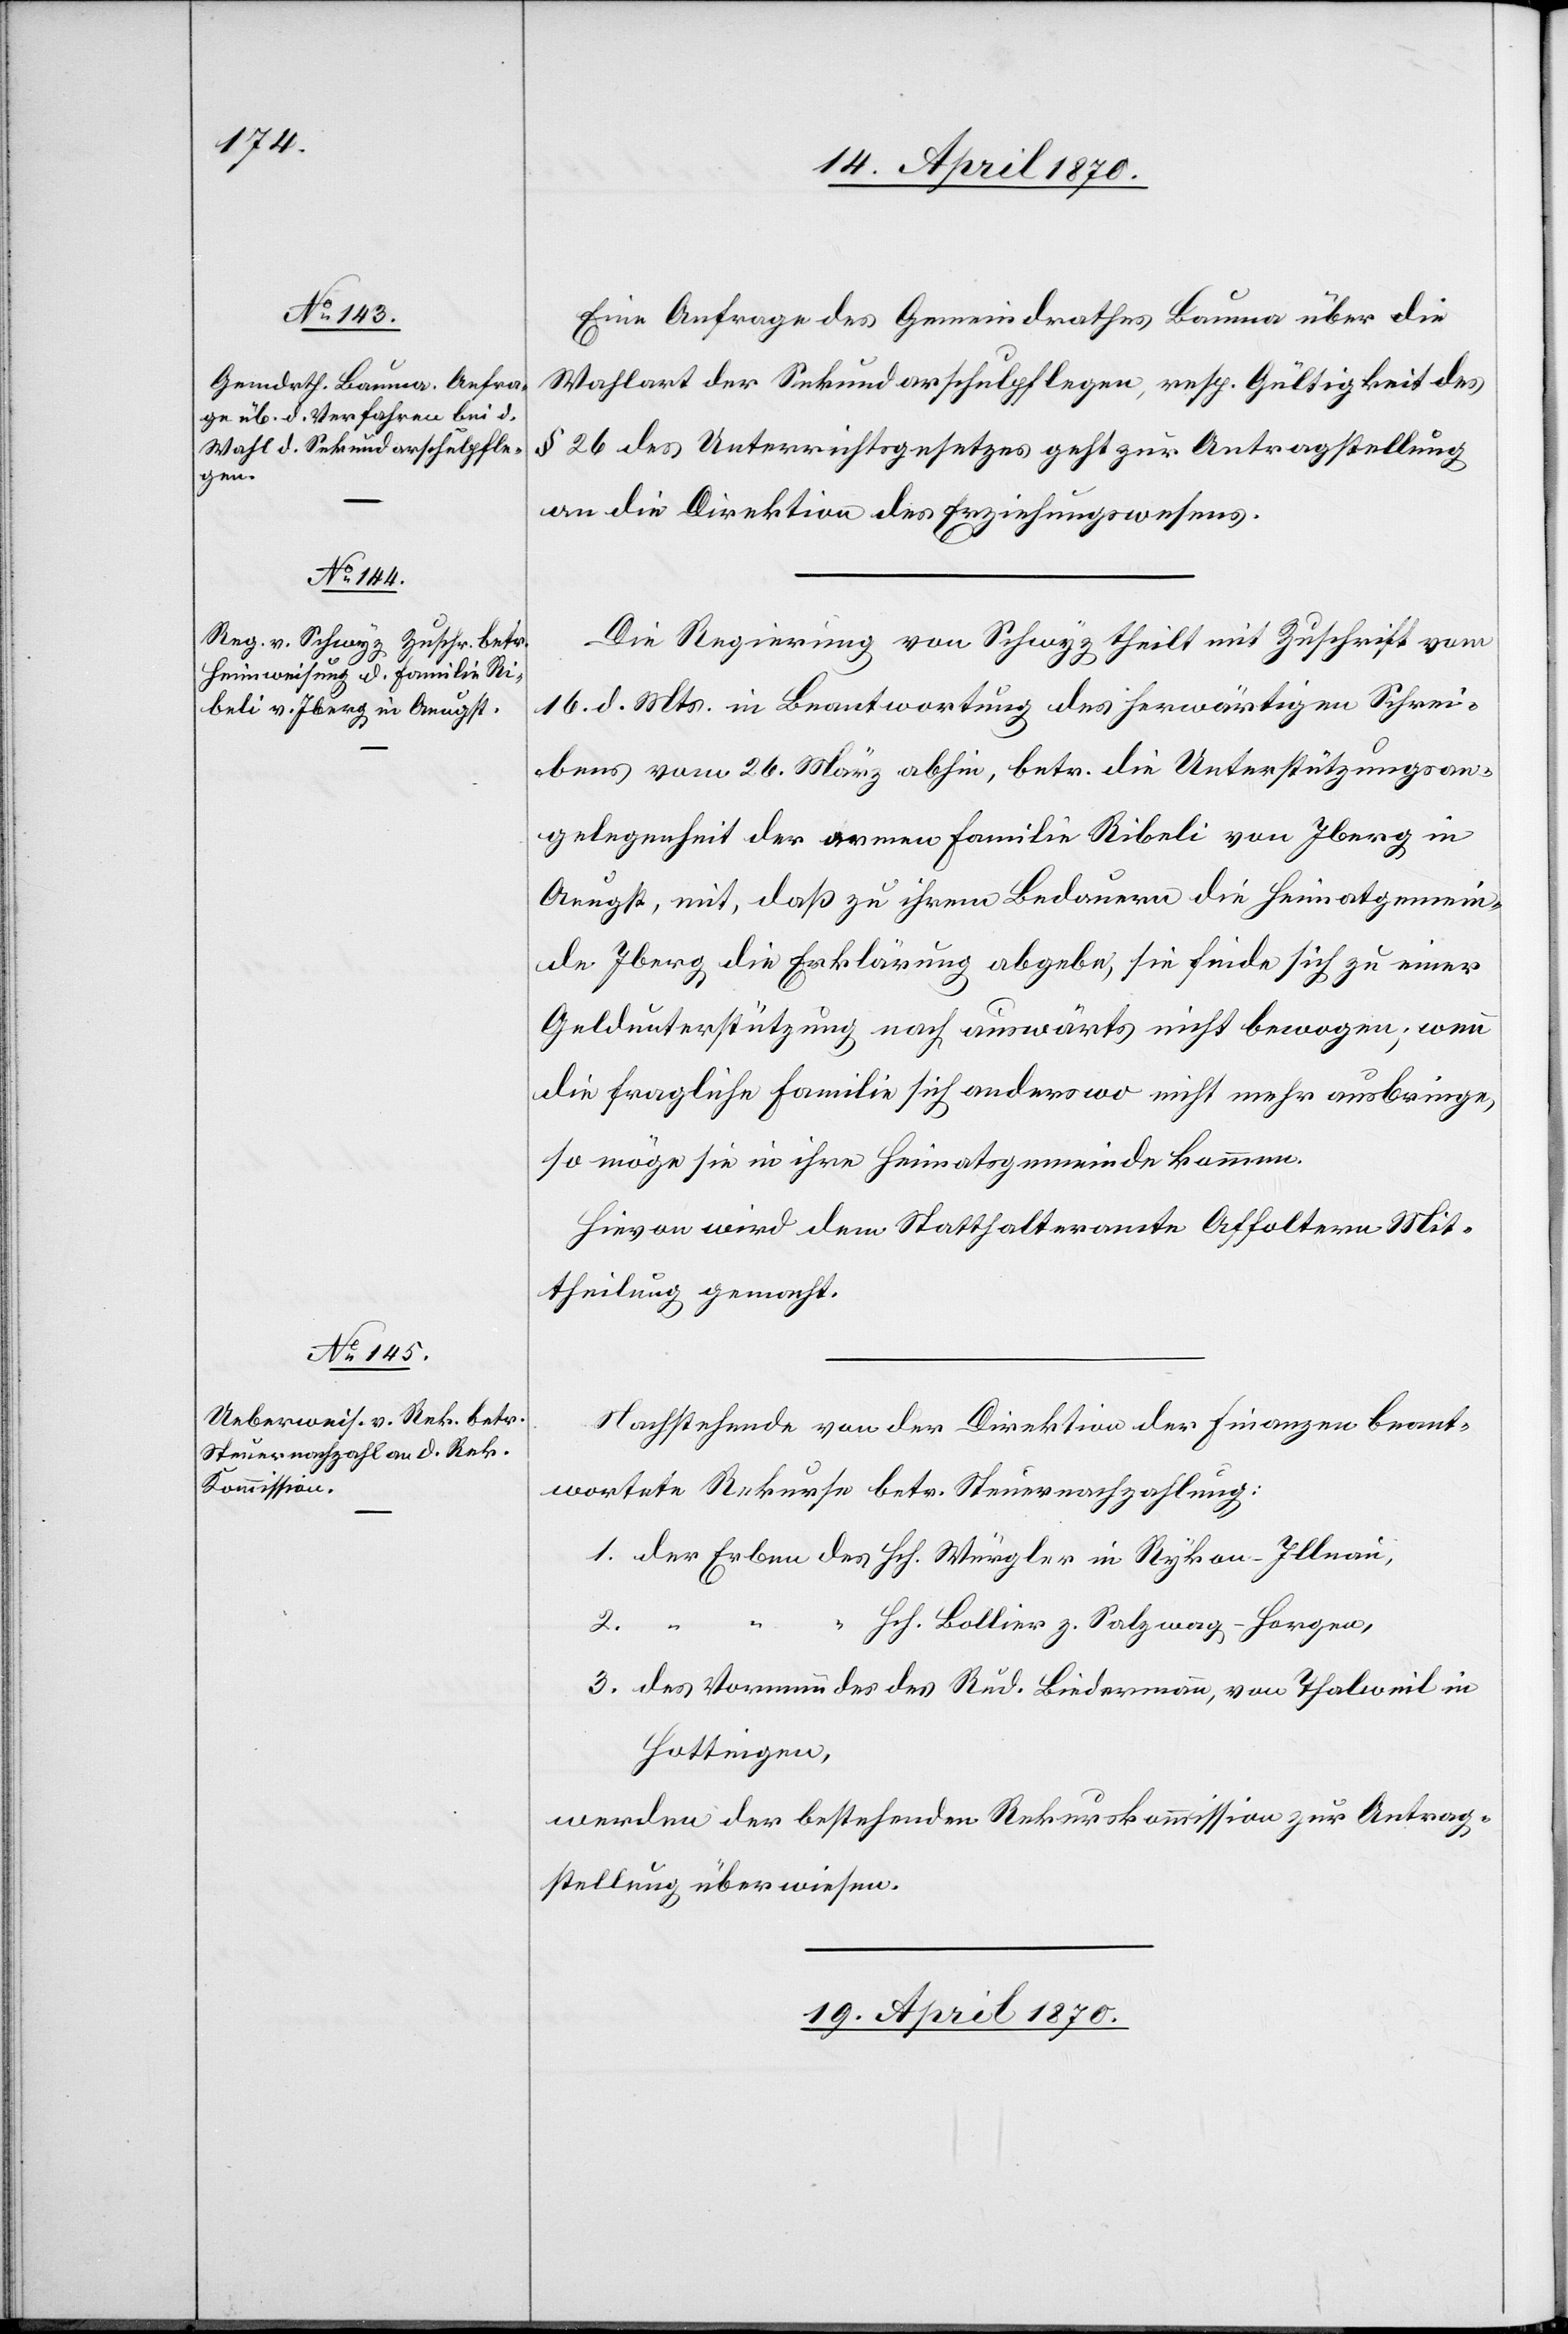
Eine Anfrage des Gemeindrathes Bauma über die
Wahlart der Sekundarschulpflege, resp. Gültigkeit des
§ 26 des Unterrichtsgesetzes geht zur Antragstellung
an die Direktion des Erziehungswesens.
Die Regierung von Schwyz theilt mit Zuschrift vom
16. d. Mts. in Beantwortung des herwärtigen Schrei¬
bens vom 26. März abhin, betr. die Unterstützungsan¬
gelegenheit der armen Familie Ribeli von Iberg in
Aeugst, mit, daß zu ihrem Bedauern die Heimatgemein¬
de Iberg die Erklärung abgebe, sie finde sich zu einer
Geldunterstützung nach auswärts nicht bewogen; wenn
die fragliche Familie sich anderswo nicht mehr ausbringe,
so möge sie in ihre Heimatsgemeinde kommen.
Hievon wird dem Statthalteramte Affoltern Mit¬
theilung gemacht.
Nachstehende von der Direktion der Finanzen beant¬
wortete Rekurse betr. Steuernachzahlung:
1. der Erben des Hch. Würgler in Rykon - Illnau,
Hch. Bollier z. Salzwag - Horgen,
2.
“
3. des Vormundes des Rud. Biedermann, von Thalweil in
Hottingen,
werden der bestehenden Rekurskommission zur Antrag¬
stellung überwiesen.
19. April 1870.